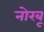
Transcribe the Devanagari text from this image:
नोरबू